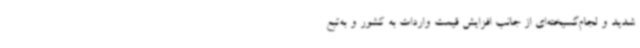
شدید و لجام‌گسیخته‌ای از جانب افزایش قیمت واردات به کشور و به‌تبع